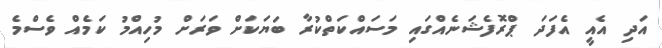
އަދި އެއީ އެފަދަ ޕްރޮފެޝަނެއްގައި މަސައްކަތްކުރާ ބަޔަކަށް ވަރަށް މުހިއްމު ކަމެއް ވެސްމެ